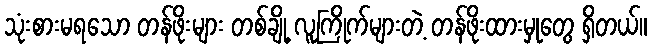
သုံးစားမရသော တန်ဖိုးများ တစ်ချို့ လူကြိုက်များတဲ့ တန်ဖိုးထားမှုတွေ ရှိတယ်။